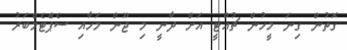
ގޮތުން ގިނަ މީހުން ޗުއްޓީ އަށް ދާނީ މި ޖޫން މަހާއި ސެޕްެޓެމްބަރު